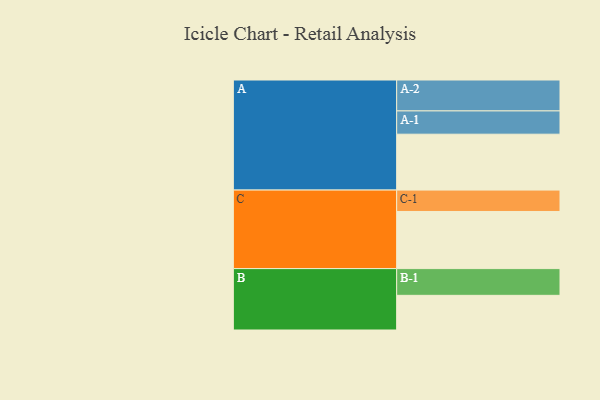
{"axis": {"x": "Segment", "y": "Value"}, "legend": ["", "A", "B", "C"], "data": [{"x": "A", "y": 535, "type": ""}, {"x": "B", "y": 332, "type": ""}, {"x": "C", "y": 547, "type": ""}, {"x": "A-1", "y": 223, "type": "A"}, {"x": "A-2", "y": 296, "type": "A"}, {"x": "B-1", "y": 256, "type": "B"}, {"x": "C-1", "y": 205, "type": "C"}]}